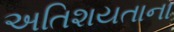
અતિશયતાના